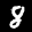
Label: 8